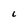
Character: C